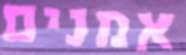
אמנים